Report on certain features of malaria in the island of Salsette
Disease focus: Malaria
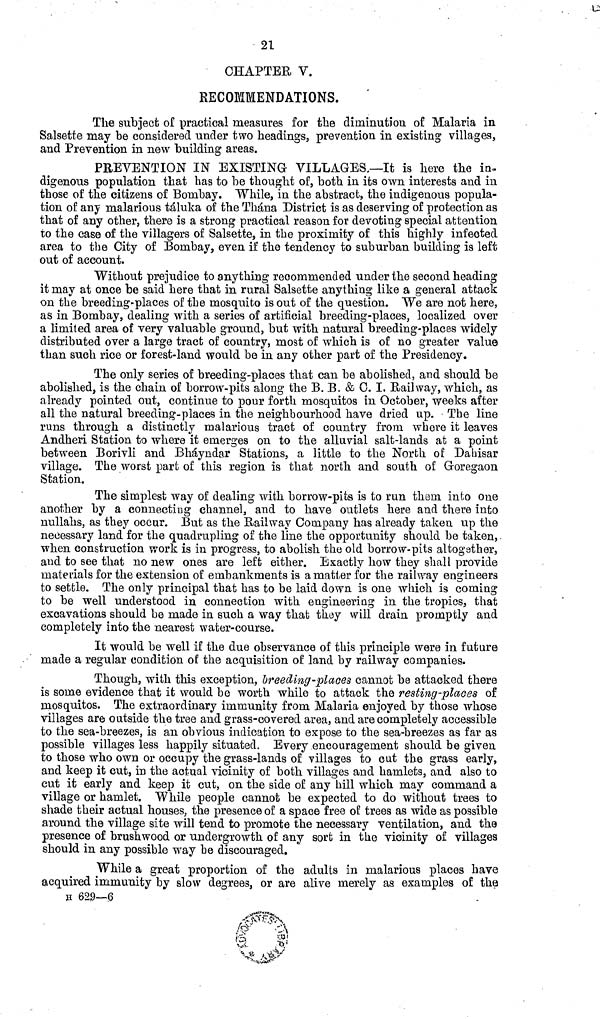
21
CHAPTER V.
RECOMMENDATIONS.
The subject oí practical measures for the diminution of Malaria in
Salsette may be considered under two headings, prevention in existing villages,
and Prevention in new building areas.
PREVENTION IN EXISTING VILLAGES.—It is here the in-
digenous population that has to be thought of, both in its own interests and in
those of the citizens of Bombay. While, in the abstract, the indigenous popula-
tion of any malarious táluka of the Thána District is as deserving of protection as
that of any other, there is a strong practical reason for devoting special attention
to the case of the villagers of Salsette, in the proximity of this highly infected
area to the City of Bombay, even if the tendency to suburban building is left
out of account.
Without prejudice to anything recommended under the second heading
it may at once be said here that in rural Salsette anything like a general attack
on the breeding-places of the mosquito is out of the question. We are not here,
as in Bombay, dealing with a series of artificial breeding-places, localized over
a limited area of very valuable ground, but with natural breeding-places widely
distributed over a large tract of country, most of which is of no greater value
than such rice or forest-land would be in any other part of the Presidency.
The only series of breeding-places that can be abolished, and should be
abolished, is the chain of borrow-pits along the B. B. & C. I, Railway, which, as
already pointed out, continue to pour forth mosquitos in October, weeks after
all the natural breeding-places in the neighbourhood have dried up. The line
runs through a distinctly malarious tract of country from where it leaves
Andheri Station to where it emerges on to the alluvial salt-lands at a point
between Borivli and Bháyndar Stations, a little to the North of Dahisar
village. The worst part of this region is that north and south of Goregaon
Station.
The simplest way of dealing with borrow-pits is to run them into one
another by a connecting channel, and to have outlets here and there into
nullahs, as they occur. But as the Railway Company has already taken up the
necessary land for the quadrupling of the line the opportunity should be taken,
when construction work is in progress, to abolish the old borrow-pits altogether,
and to see that no new ones are left either. Exactly how they shall, provide
materials for the extension of embankments is a matter for the railway engineers
to settle. The only principal that has to be laid down is one which is coming
to be well understood in connection with engineering in the tropics, that
excavations should be made in such a way that they will drain promptly and
completely into the nearest water-course.
It would be well if the due observance of this principle were in future
made a regular condition of the acquisition of land by railway companies.
Though, with this exception, breeding-places cannot be attacked there
is some evidence that it would be worth while to attack the resting-places of
mosquitos. The extraordinary immunity from Malaria enjoyed by those whose
villages are outside the tree and grass-covered area, and are completely accessible
to the sea-breezes, is an obvious indication to expose to the sea-breezes as far as
possible villages less happily situated. Every encouragement should be given
to those who own or occupy the grass-lands of villages to cut the grass early,
and keep it cut, in the actual vicinity of both villages and hamlets, and also to
cut it early and keep it cut, on the side of any hill which may command a
village or hamlet. While people cannot be expected to do without trees to
shade their actual houses, the presence of a space free of trees as wide as possible
around the village site will tend to promote the necessary ventilation, and the
presence of brushwood or undergrowth of any sort in the vicinity of villages
should in any possible way be discouraged.
While a great proportion of the adults in malarious places have
acquired immunity by slow degrees, or are alive merely as examples of the
H 629—(3